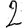
Digit: 2